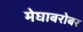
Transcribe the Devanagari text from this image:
मेघाबरोबर